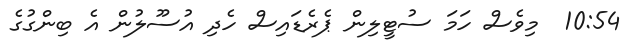
10:54  މިވެސް ހަމަ ސުޓީލިން ޕެރެޑައިސް ހެދި އުސޫލުން އެ ބިންގުގެ